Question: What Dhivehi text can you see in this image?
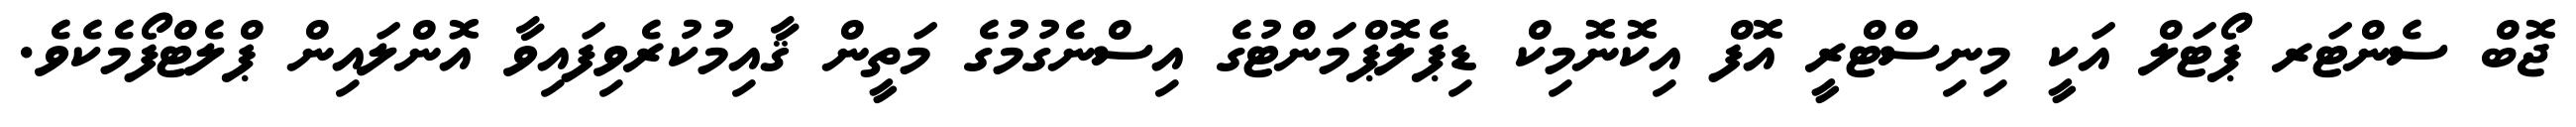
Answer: ޖޮބް ސެންޓަރ ޕޯޓަލް އަކީ މިނިސްޓްރީ އޮފް އިކޮނޮމިކް ޑިޕެލޮޕްމަންޓުގެ އިސްނެގުމުގެ މަތީން ޤާއިމުކުރެވިފައިވާ އޮންލައިން ޕްލެޓްފޯމެކެވެ.